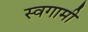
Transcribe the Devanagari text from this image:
स्वगामी